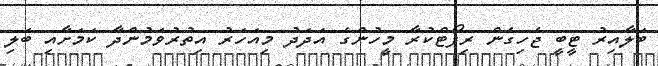
ބަލާއިރު ޓީބީ ޖެހިގެން ރިޕޯޓްކުރާ މީހުންގެ އަދަދު މިއަހަރު އިތުރުވަމުންދާ ކަމަށާއި ބަލި